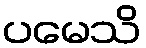
ပမေသိ